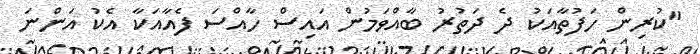
"ކުރިން ހަފުތާއަކު ދެ ދަތުރު ބާއްވަމުން އައިސް ހާއްސަ ފެއާއަކާ އެކު އަންނަ